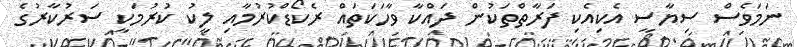
ނަމަވެސް ސިޔާސީ އެކިއެކި ފަރާތްތަކުން ދައްކާ ވާހަކަތައް ރެކޯޑްކުރުމާއި ލީކު ކުރުމަކީ ސަރުކާރުގެ